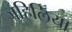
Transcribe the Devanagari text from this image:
जहिलिया